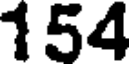
154